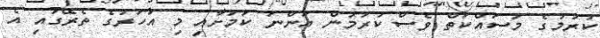
ކުރުމުގެ މަސައްކަތް ވެސް ކުރަމުން އަންނަ ކަމަށާއި މި އަހަރުގެ ތެރޭގައި އެ